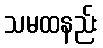
သမထနည်း